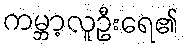
ကမ္ဘာ့လူဦးရေ၏